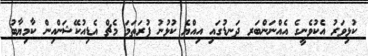
ކުޅިވަރު އެކުވެނީގެ އެއްނަންބަރ ދަނޑުގައި އިއްޔެ ކުޅުނު ފުރަތަމަ މެޗް އެޑިއުކޭޝަންއިން ކާމިޔާބު